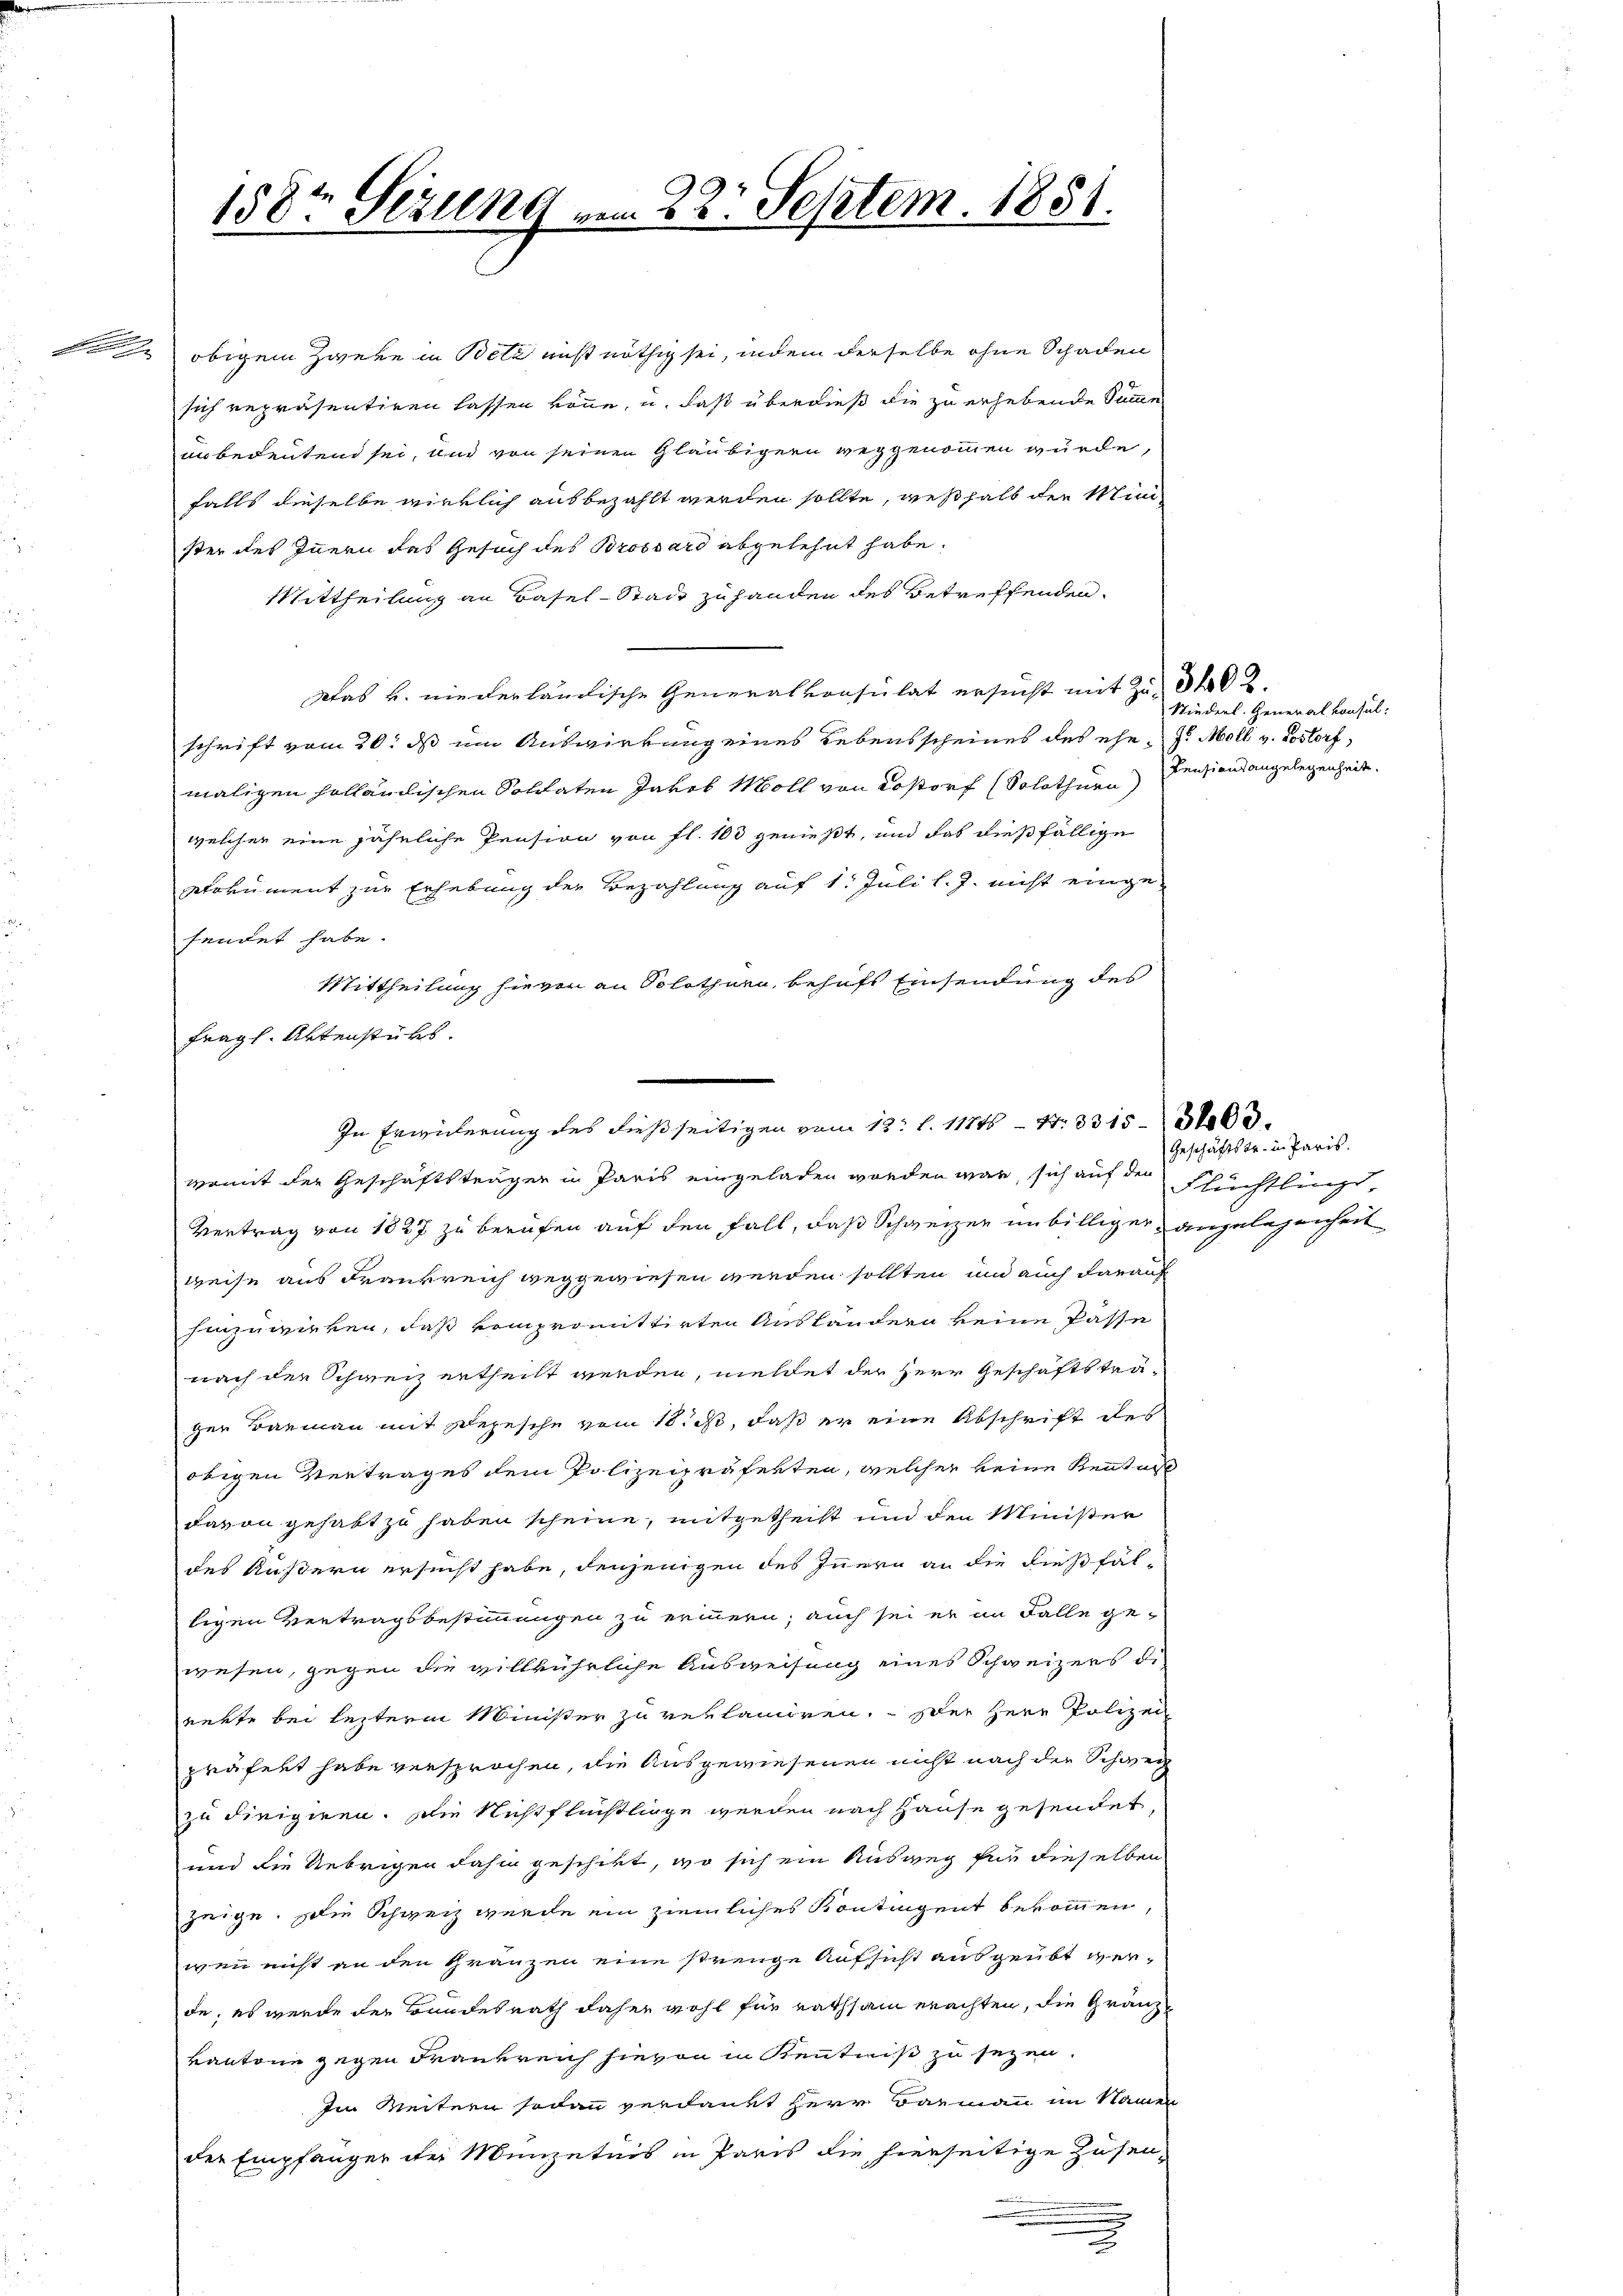
.

158. Gezung vom 22. Septem. 1851.

obigem Zweye in Betz nicht nöthig sei, indem derselbe ohne Schaden
sich repräsentiren lassen könne, u. daß überdieß die zu erhebende Summe
unbedeutend sei, und von seinen Gläubigern weggenommen würde,
falls dieselbe wirklich ausbezahlt werden sollte, weßhalb der Minister des Innern das Gesuch des Brossard abgelehnt habe.
Mittheilung an Basel-Stadt zu handen des Betreffenden.
Was u. niederländische Generalvonsulat ersucht mit Zust
schrift vom 20. ds um Auswirkung eines Lebensscheines des ehe J. Moll v. Rostorf,
maligen holländischen Soldaten Jakob Moll von Rostorf (Solothurn)
welcher eine jährliche Pension von fl. 100 genießt, und das dießfällige
Dokument zur Erhebung der Bezahlung auf 1. Juli l. J. nicht eingesendet habe.
Mittheilung hievon an Solothurn, behufs Einsendung des
fragl. Aktenstücks.
In Erwickerung des dießseitigen vom 12. l. 11716 - 4. 3315
womit der Geschäftsträgen in Paris eingeladen worden war, sich auf der Flüchtlings¬
Vertrag von 1827 zu berufen auf den Fall, daß Schweizer unbilliger angelegenheit
weise aus Frankreich weggewiesen werden sollten und auch darauf
hinzuwirken, daß vom promittirten Aushändern keine Pässe
nach der Schweiz ertheilt werden, meldet der Herr Geschäftstra-
gen Baumann mit Depesche vom 18. So, daß er eine Abschrift des
obigen Vertrages dem Polizeipräferten, welcher keine Rentat
davon gehabt zu haben scheine, mitgetheilt und den Minister
des Äußern ersucht habe, denjenigen des Innern an die dießfälligen Vertragsbestimmungen zu erinnern; auch sei er im Falle ge-
wesen, gegen die villkührliche Ausweisung eines Schweizers die
reute bei lezterm Minister zu verlaniren. Der Herr Polizei
präfert habe versprochen, die Ausgewiesenen nicht nach die Schweiz
zu dirigiren. Die Nicht flüchtlinge werden nach Hause gesendet,
und die Uebrigen dahin geschikt, wo sich ein Ausweg für dieselben
zeige. Die Schweiz wurde ein ziemliches Kontingent bekommen,
wenn nicht an den Gränzen eine strenge Aufsicht ausgeübt werde, es werde der Bundesrath daher wohl für rathsam erachten, die Gränzkantone gegen Frankreich hievon in Kenntniß zu sezen.
Im Weitern sodann verdankt Herr Barmann im Namen
der Empfänger der Münzetnis in Paris die hierseitige Zusen¬
.

Niederl. Generalkonsul:
Pensionsangelegenheit.

3403.

Geschäftstr. in Paris.